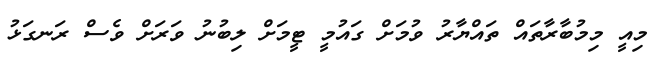
މިއީ މިމުބާރާތައް ތައްޔާރު ވުމަށް ގައުމީ ޓީމަށް ލިބުނު ވަރަށް ވެސް ރަނގަޅު